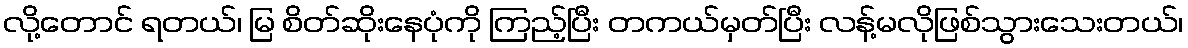
လို့တောင် ရတယ်၊ မြ စိတ်ဆိုးနေပုံကို ကြည့်ပြီး တကယ်မှတ်ပြီး လန့်မလိုဖြစ်သွားသေးတယ်၊